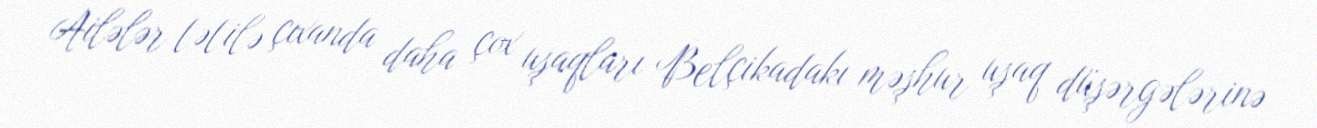
Ailələr tətilə çıxanda daha çox uşaqları Belçikadakı məşhur uşaq düşərgələrinə